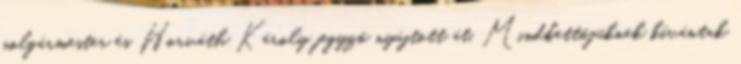
polgármester és Horváth Károly jegyző nyújtott át. Mindkettőjüknek kívántak